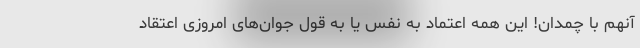
آنهم با چمدان! این همه اعتماد به نفس یا به قول جوان‌های امروزی اعتقاد